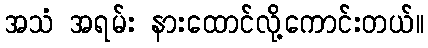
အသံ အရမ်း နားထောင်လို့ကောင်းတယ်။